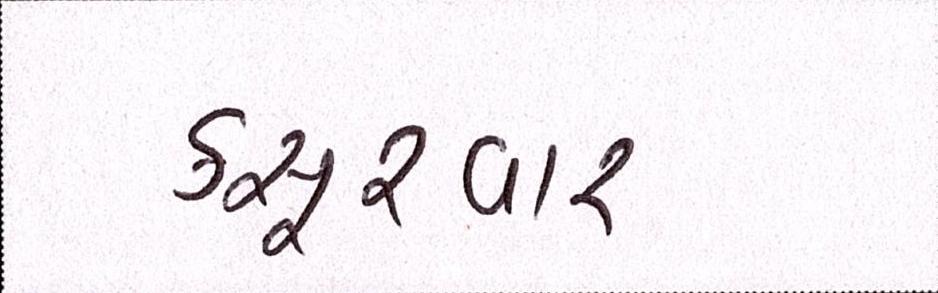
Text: કસૂરવાર